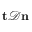
\mathbf { t } \mathcal { D } \mathbf { n }